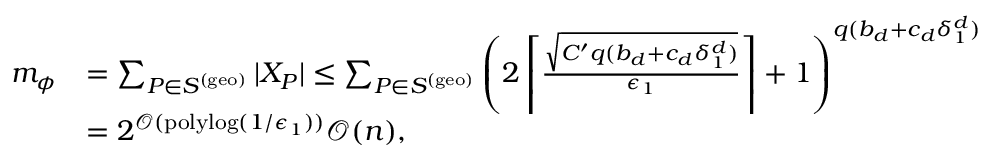
\begin{array} { r l } { m _ { \phi } } & { = \sum _ { P \in S ^ { \mathrm { ( g e o ) } } } | X _ { P } | \leq \sum _ { P \in S ^ { \mathrm { ( g e o ) } } } \left( 2 \left\lceil \frac { \sqrt { C ^ { \prime } q ( b _ { d } + c _ { d } \delta _ { 1 } ^ { d } ) } } { \epsilon _ { 1 } } \right\rceil + 1 \right) ^ { q ( b _ { d } + c _ { d } \delta _ { 1 } ^ { d } ) } } \\ & { = 2 ^ { \mathcal { O } ( \mathrm { p o l y l o g } ( 1 / \epsilon _ { 1 } ) ) } \mathcal { O } ( n ) , } \end{array}